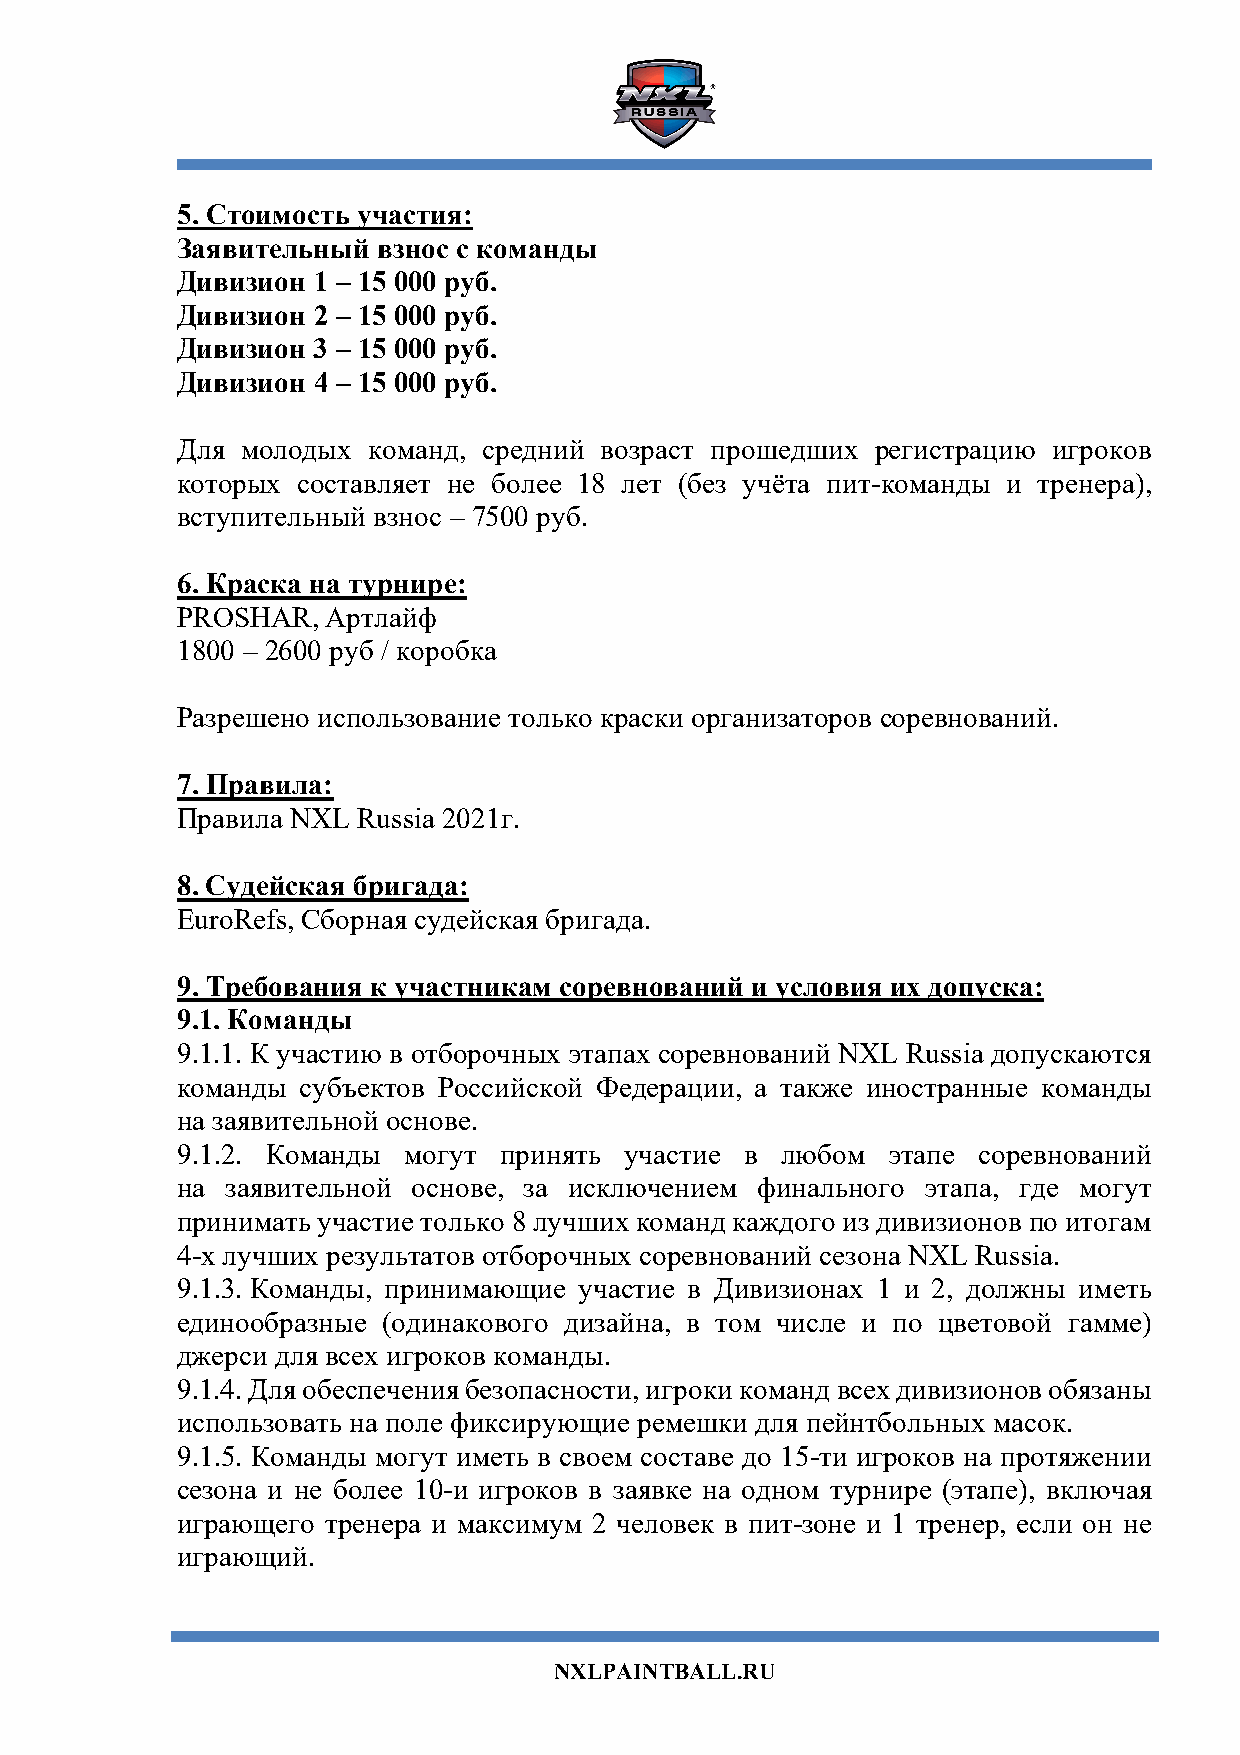
5. Стоимость участия:
 Заявительный взнос с команды
 Дивизион 1 – 15 000 руб.
 Дивизион 2 – 15 000 руб.
 Дивизион 3 – 15 000 руб.
 Дивизион 4 – 15 000 руб.
 Для молодых команд, средний возраст прошедших регистрацию игроков
 которых составляет не более 18 лет (без учёта пит-команды и тренера),
 вступительный взнос – 7500 руб.
 6. Краска на турнире:
 PROSHAR,  Артлайф
 1800 – 2600 руб / коробка
 Разрешено использование только краски организаторов соревнований.
 7. Правила:
 Правила NXL Russia 2021г.
 8. Судейская бригада:
 EuroRefs, Сборная судейская бригада.
 9. Требования к участникам соревнований и условия их допуска:
 9.1. Команды
 9.1.1. К участию в отборочных этапах соревнований NXL Russia допускаются
 команды субъектов Российской Федерации, а также иностранные команды
 на заявительной основе.
 9.1.2. Команды могут принять участие в  любом  этапе соревнований
 на заявительной основе, за исключением финального этапа, где могут
 принимать участие только 8 лучших команд каждого из дивизионов по итогам
 4-х лучших результатов отборочных соревнований сезона NXL Russia.
 9.1.3. Команды, принимающие участие в Дивизионах 1 и 2, должны иметь
 единообразные (одинакового дизайна, в том числе и по цветовой гамме)
 джерси для всех игроков команды.
 9.1.4. Для обеспечения безопасности, игроки команд всех дивизионов обязаны
 использовать на поле фиксирующие ремешки для пейнтбольных масок.
 9.1.5. Команды могут иметь в своем составе до 15-ти игроков на протяжении
 сезона и не более 10-и игроков в заявке на одном турнире (этапе), включая
 играющего тренера и максимум 2 человек в пит-зоне и 1 тренер, если он не
 играющий.
 NXLPAINTBALL.RU